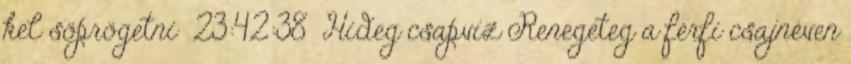
kel söprögetni 23:42:38 Hideg csapvíz Renegeteg a férfi csajnéven